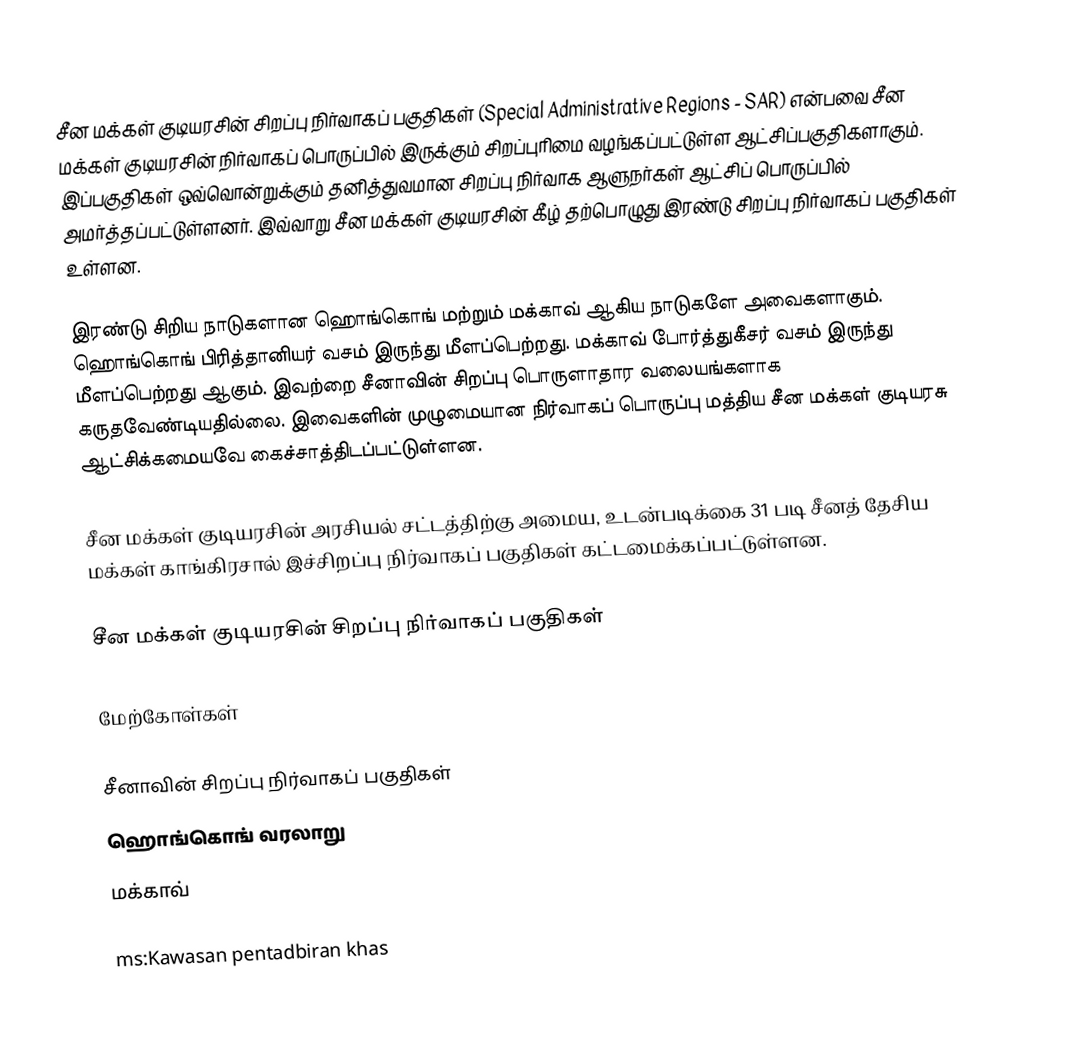
சீன மக்கள் குடியரசின் சிறப்பு நிர்வாகப் பகுதிகள் (Special Administrative Regions - SAR) என்பவை சீன மக்கள் குடியரசின் நிர்வாகப் பொருப்பில் இருக்கும் சிறப்புரிமை வழங்கப்பட்டுள்ள ஆட்சிப்பகுதிகளாகும். இப்பகுதிகள் ஒவ்வொன்றுக்கும் தனித்துவமான சிறப்பு நிர்வாக ஆளுநர்கள் ஆட்சிப் பொருப்பில் அமர்த்தப்பட்டுள்ளனர். இவ்வாறு சீன மக்கள் குடியரசின் கீழ் தற்பொழுது இரண்டு சிறப்பு நிர்வாகப் பகுதிகள் உள்ளன.

இரண்டு சிறிய நாடுகளான ஹொங்கொங் மற்றும் மக்காவ் ஆகிய நாடுகளே அவைகளாகும். ஹொங்கொங் பிரித்தானியர் வசம் இருந்து மீளப்பெற்றது. மக்காவ் போர்த்துகீசர் வசம் இருந்து மீளப்பெற்றது ஆகும். இவற்றை சீனாவின் சிறப்பு பொருளாதார வலையங்களாக கருதவேண்டியதில்லை. இவைகளின் முழுமையான நிர்வாகப் பொருப்பு மத்திய சீன மக்கள் குடியரசு ஆட்சிக்கமையவே கைச்சாத்திடப்பட்டுள்ளன.

சீன மக்கள் குடியரசின் அரசியல் சட்டத்திற்கு அமைய, உடன்படிக்கை 31 படி சீனத் தேசிய மக்கள் காங்கிரசால் இச்சிறப்பு நிர்வாகப் பகுதிகள் கட்டமைக்கப்பட்டுள்ளன.

சீன மக்கள் குடியரசின் சிறப்பு நிர்வாகப் பகுதிகள்

மேற்கோள்கள்

சீனாவின் சிறப்பு நிர்வாகப் பகுதிகள்
ஹொங்கொங் வரலாறு
மக்காவ்

ms:Kawasan pentadbiran khas